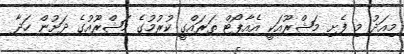
މިއަދު މި ފެށި މަޝްރޫއަކީ އެއާޕޯޓް ތަރައްގީ ކުރުމުގެ މަޝްރޫއުގެ ދަށުން ހަދާ